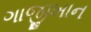
ગાજીખાન